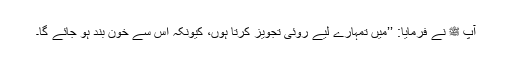
آپ ﷺ نے فرمایا: ’’میں تمہارے لیے روئی تجویز کرتا ہوں، کیونکہ اس سے خون بند ہو جائے گا۔